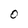
Character: o